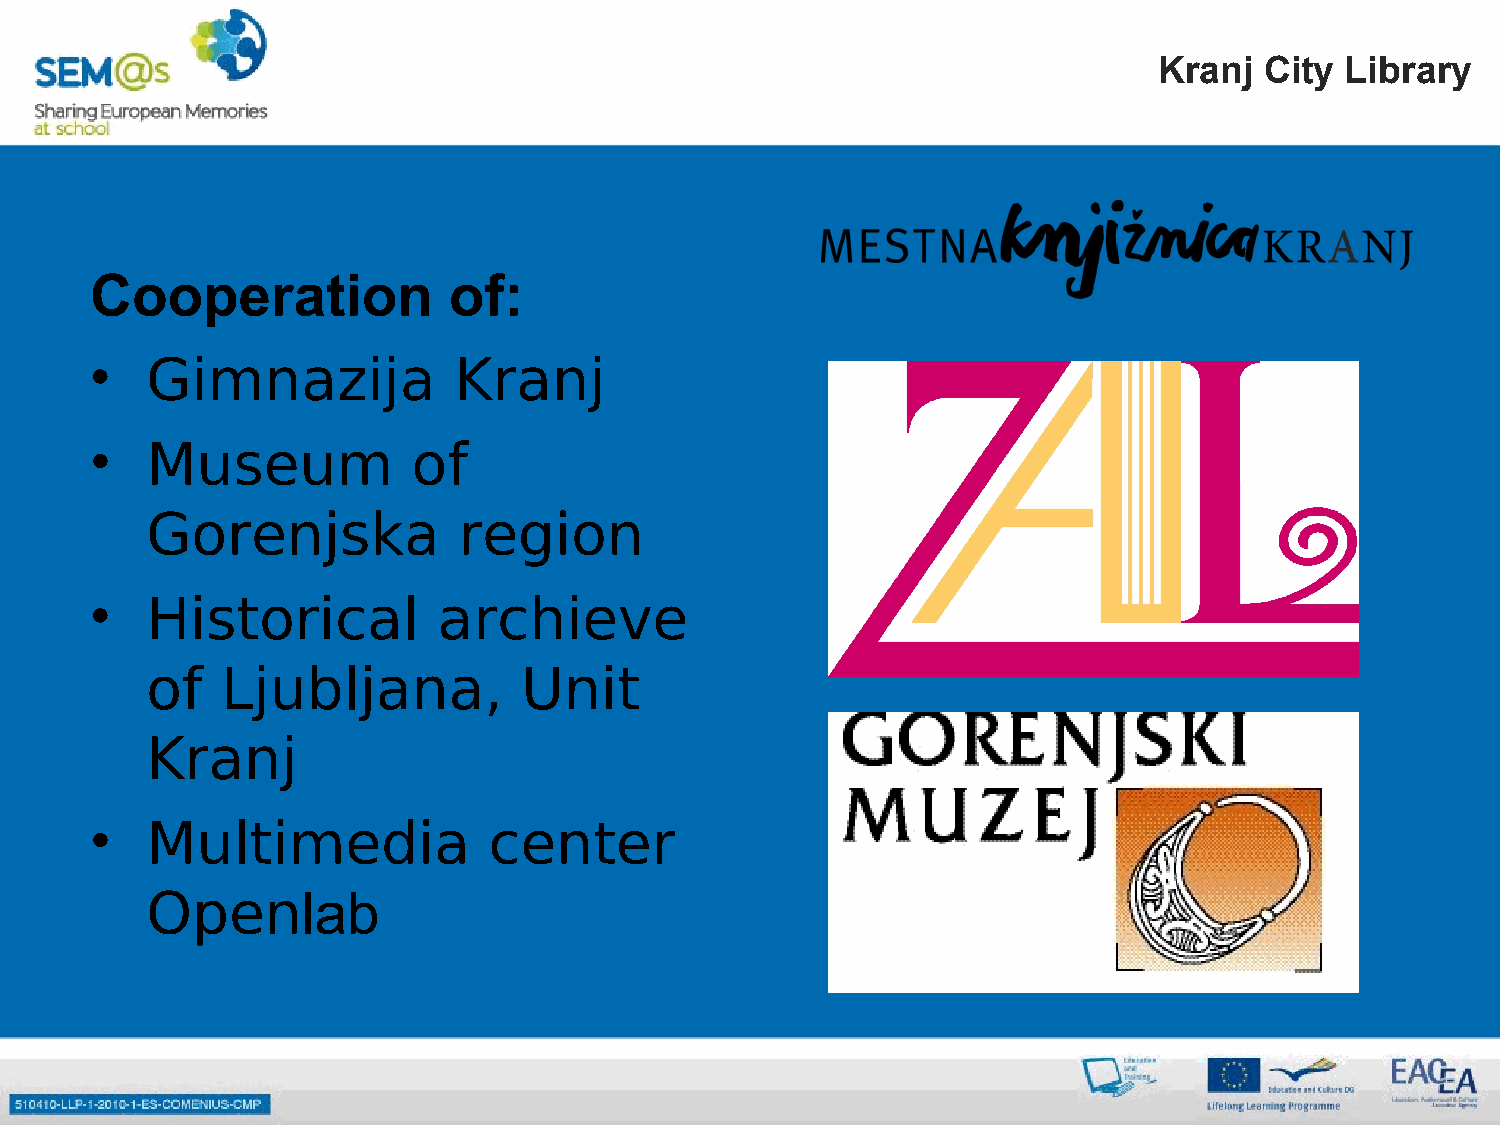
Kranj  City Library
 Cooperation             of:
 •   Gimnazija           Kranj
 •   Museum           of
 Gorenjska           region
 •   Historical         archieve
 of   Ljubljana,          Unit
 Kranj
 •   Multimedia            center
 Openlab